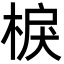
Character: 棙